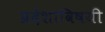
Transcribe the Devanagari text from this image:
प्रदेशाविषयी